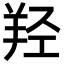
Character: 羟